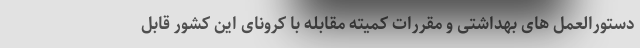
دستورالعمل های بهداشتی و مقررات کمیته مقابله با کرونای این کشور قابل